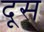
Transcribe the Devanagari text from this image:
दूस